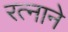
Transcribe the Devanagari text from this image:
रत्नाने